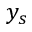
y _ { s }